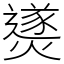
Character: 㸂